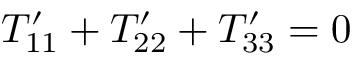
{ \cal T } _ { 1 1 } ^ { \prime } + { \cal T } _ { 2 2 } ^ { \prime } + { \cal T } _ { 3 3 } ^ { \prime } = 0